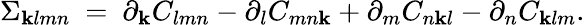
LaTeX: \Sigma_{\mathbf{k}lmn}\ =\ \partial_{\mathbf{k}}C_{lmn}-\partial_{l}C_{mn\mathbf{k}}+\partial_{m}C_{n\mathbf{k}l}-\partial_{n}C_{\mathbf{k}lm}.